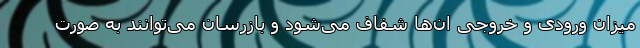
میزان ورودی و خروجی ان‌ها شفاف می‌شود و بازرسان می‌توانند به صورت